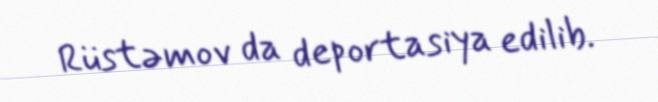
Rüstəmov da deportasiya edilib.